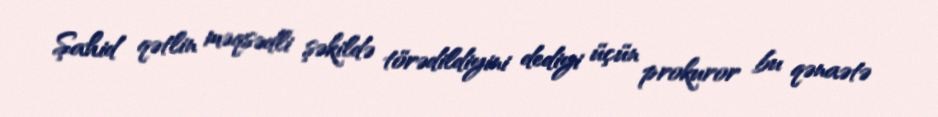
Şahid qətlin məqsədli şəkildə törədildiyini dediyi üçün prokuror bu qənaətə